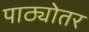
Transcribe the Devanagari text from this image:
पाठ्योतर